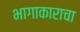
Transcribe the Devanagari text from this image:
भागाकाराचा